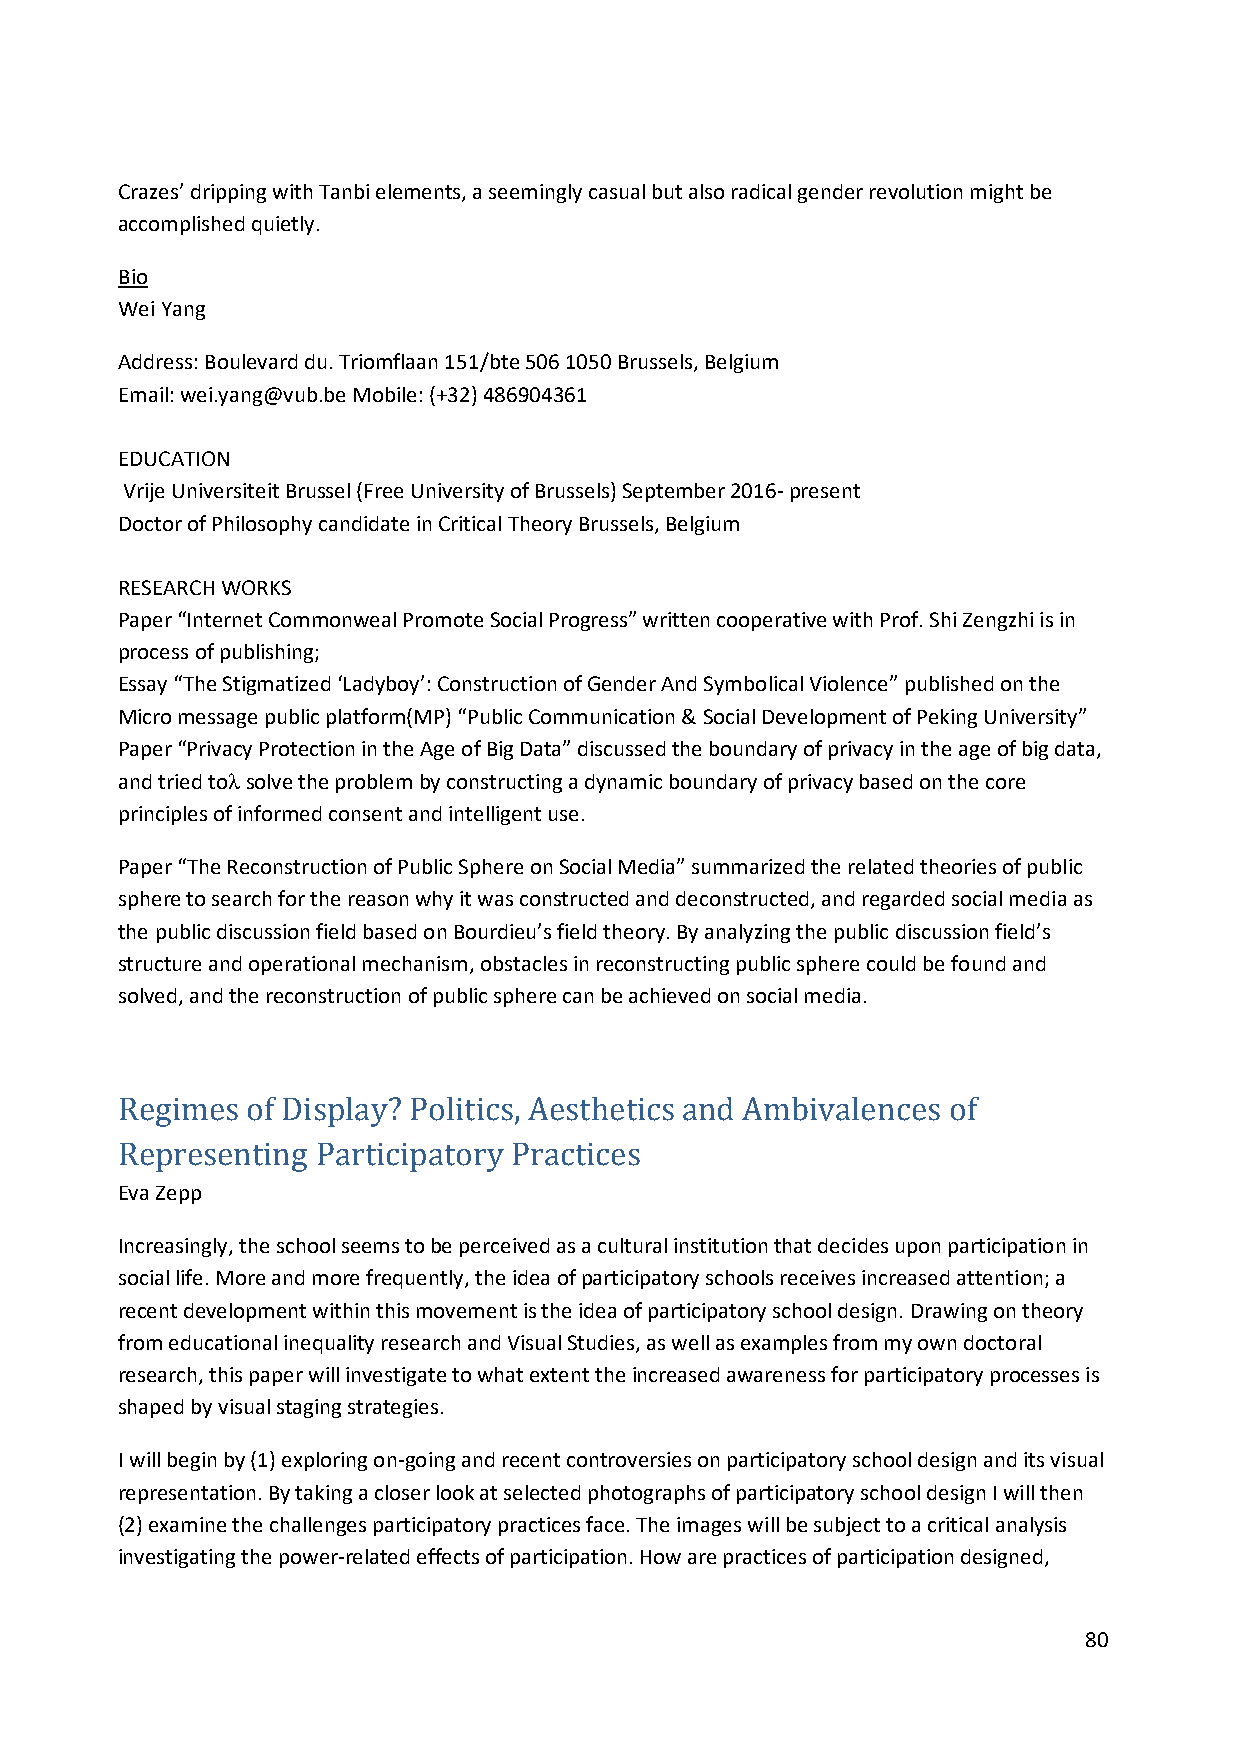
Crazes’ dripping with Tanbi elements, a seemingly casual but also radical gender revolution might be
 accomplished quietly.
 Bio
 Wei Yang
 Address: Boulevard du. Triomflaan 151/bte 506 1050 Brussels, Belgium
 Email: wei.yang@vub.be Mobile: (+32) 486904361
 EDUCATION
 Vrije Universiteit Brussel (Free University of Brussels) September 2016- present
 Doctor of Philosophy candidate in Critical Theory Brussels, Belgium
 RESEARCH WORKS
 Paper “Internet Commonweal Promote Social Progress” written cooperative with Prof. Shi Zengzhi is in
 process of publishing;
 Essay “The Stigmatized ‘Ladyboy’: Construction of Gender And Symbolical Violence” published on the
 Micro message public platform(MP) “Public Communication & Social Development of Peking University”
 Paper “Privacy Protection in the Age of Big Data” discussed the boundary of privacy in the age of big data,
 and tried toλ solve the problem by constructing a dynamic boundary of privacy based on the core
 principles of informed consent and intelligent use.
 Paper “The Reconstruction of Public Sphere on Social Media” summarized the related theories of public
 sphere to search for the reason why it was constructed and deconstructed, and regarded social media as
 the public discussion field based on Bourdieu’s field theory. By analyzing the public discussion field’s
 structure and operational mechanism, obstacles in reconstructing public sphere could be found and
 solved, and the reconstruction of public sphere can be achieved on social media.
 Regim es of Display? Politics, Aesthetics and Ambivalences of
 Eva Zepp
 Representing Participatory Practices
 Increasingly, the school seems to be perceived as a cultural institution that decides upon participation in
 social life. More and more frequently, the idea of participatory schools receives increased attention; a
 recent development within this movement is the idea of participatory school design. Drawing on theory
 from educational inequality research and Visual Studies, as well as examples from my own doctoral
 research, this paper will investigate to what extent the increased awareness for participatory processes is
 shaped by visual staging strategies.
 I will begin by (1) exploring on-going and recent controversies on participatory school design and its visual
 representation. By taking a closer look at selected photographs of participatory school design I will then
 (2) examine the challenges participatory practices face. The images will be subject to a critical analysis
 investigating the power-related effects of participation. How are practices of participation designed,
 80